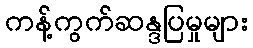
ကန့်ကွက်ဆန္ဒပြမှုများ